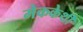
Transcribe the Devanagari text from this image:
मेककेर्थी